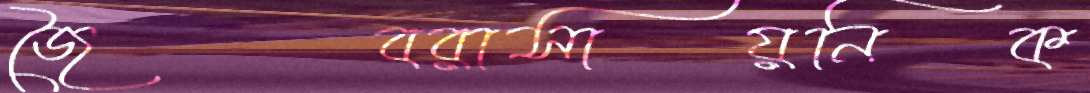
জৈবরাসায়নিক